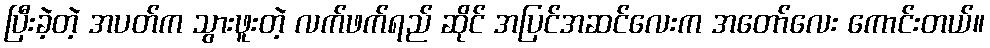
ပြီးခဲ့တဲ့ အပတ်က သွားဖူးတဲ့ လက်ဖက်ရည် ဆိုင် အပြင်အဆင်လေးက အတော်လေး ကောင်းတယ်။